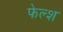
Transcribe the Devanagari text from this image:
फेल्श